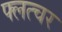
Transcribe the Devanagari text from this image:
फ्लत्चर